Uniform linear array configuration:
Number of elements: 64
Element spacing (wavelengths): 0.25
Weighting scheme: cosine
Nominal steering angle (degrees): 15
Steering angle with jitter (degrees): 15.171
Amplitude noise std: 0.05
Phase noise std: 0.05

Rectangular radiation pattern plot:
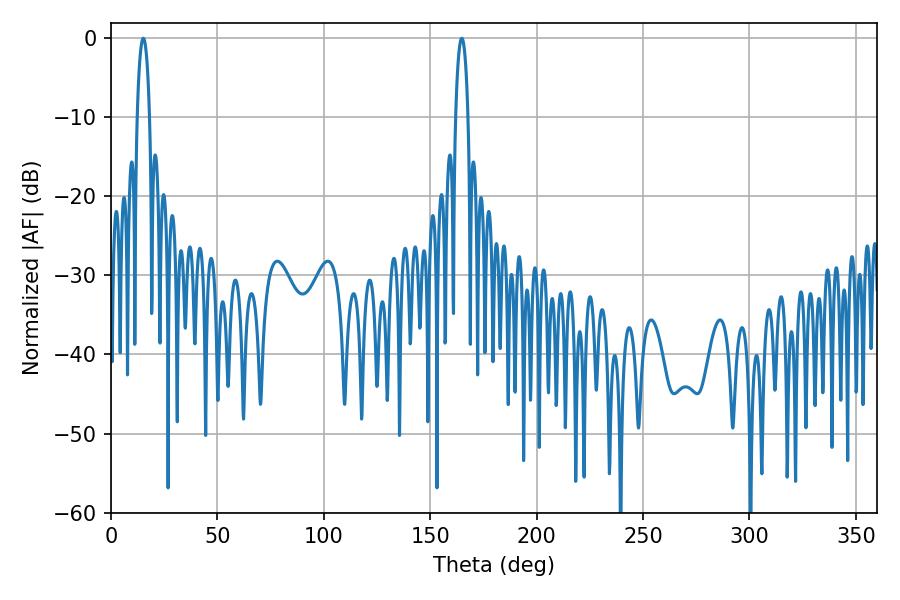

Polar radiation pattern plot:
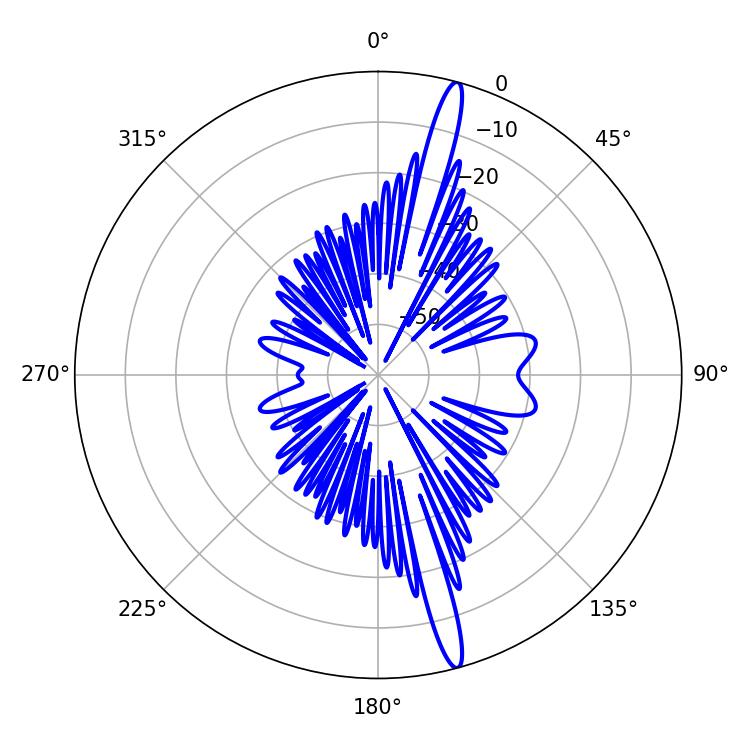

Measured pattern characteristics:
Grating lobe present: FALSE
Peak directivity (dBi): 17.604
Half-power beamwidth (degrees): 3.24
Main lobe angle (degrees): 15.12